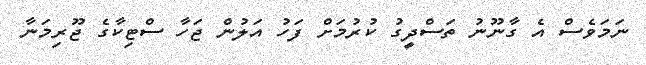
ނަމަވެސް އެ ގާނޫނު ތަސްދީގު ކުރުމަށް ފަހު އަލުން ޖަހާ ސްޓިކާގެ ޖޫރިމަނާ